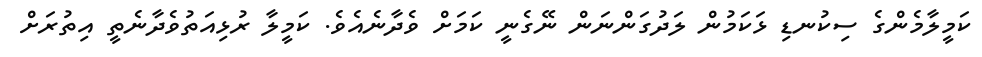
ކަމީލާމެންގެ ސިކުނޑި ޅަކަމުން ލަދުގަންނަން ނޭގެނީ ކަމަށް ވެދާނެއެވެ. ކަމީލާ ރުޅިއަތުވެދާނެތީ އިތުރަށް